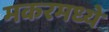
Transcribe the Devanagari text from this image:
मकरमध्ये